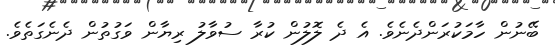
ބޭނުން ހާމަކުރަންދެނެވެ. އެ ދެ ލޮލުން ކުރާ ސުވާލު ރިޔާން ވަގުތުން ދެނެގަތެވެ.